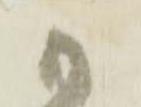
か